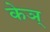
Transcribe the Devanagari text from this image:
केञ्